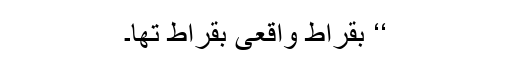
‘‘ بقراط واقعی بقراط تھا۔